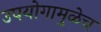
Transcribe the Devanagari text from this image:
उपयोगामुळेच